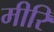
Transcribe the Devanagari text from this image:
मीरि